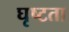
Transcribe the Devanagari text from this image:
घृष्टता